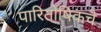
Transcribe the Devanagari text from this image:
पारितोषिकचे